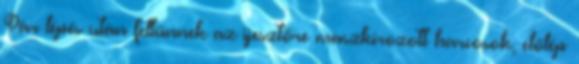
Pár lépés után feltűnnek az ijesztőre maszkírozott harcosok, előlép